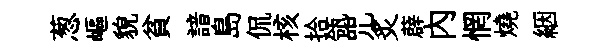
葱嶇貌貧諳島侃核拾瓴咒炙薜内惘燒絪